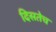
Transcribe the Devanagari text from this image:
दिसतेच